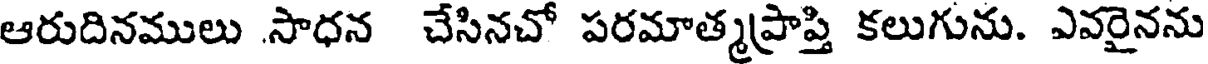
ఆరుదినములు .సాధన చేసినచో పరమాత్మప్రాప్తి కలుగును. ఎవరైనను